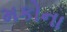
મકોના